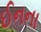
ઈનના